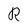
Character: R